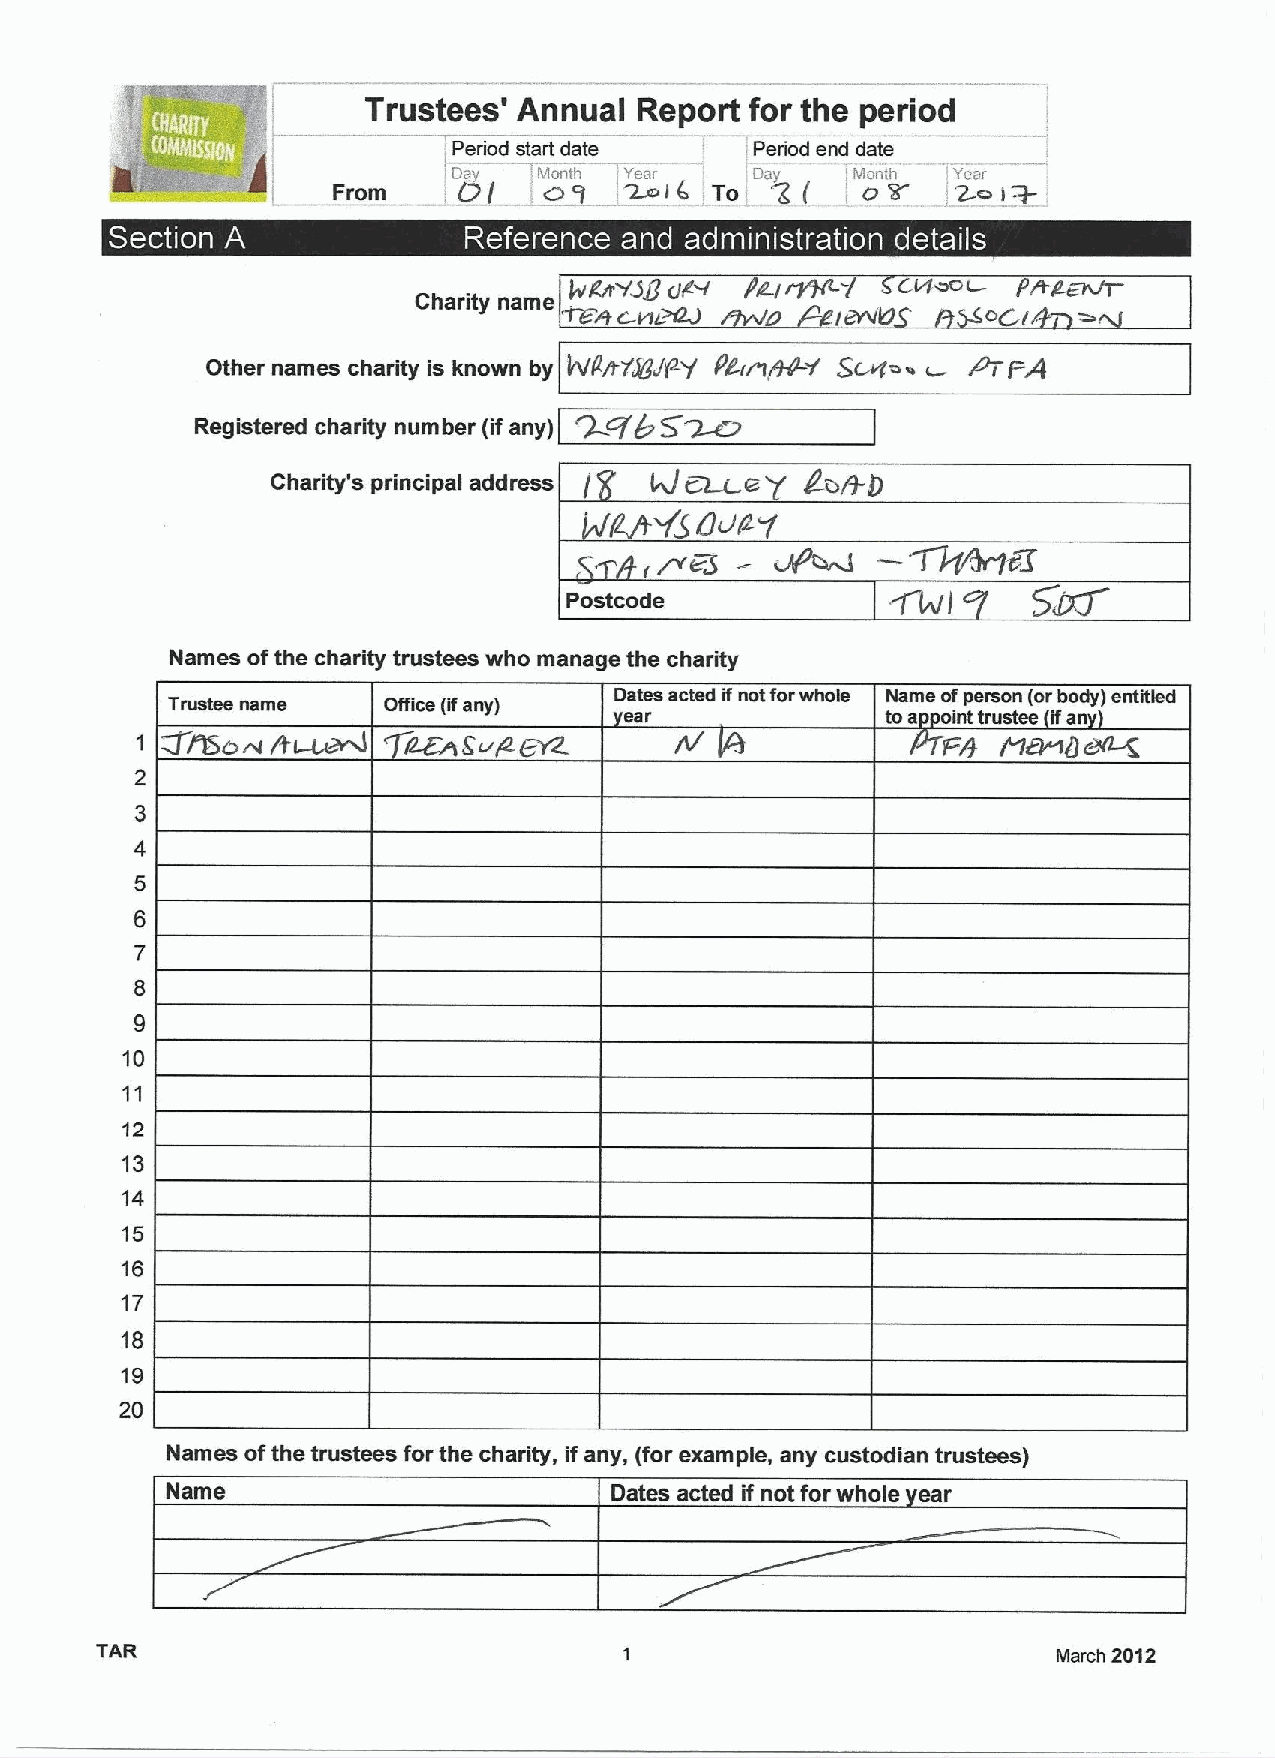
Trustees' Annual  Report  for the period
 Period start date ' ' DPerioad( yen,,d date
 From
 ; 'D0ay/ !M no gnth, 'Y~e)a(r,
 To. '4
 Mo onthF', 'Y 2ear
 '.
 ~  ~    ~-~    ~
 c&~t-   pAEc~
 )ttgpvgg r)tr f Pgf
 Charity name  c.
 "rate rfaaf2J               OCf
 Other names charity is known by 4/(irlPer-/ ~PA~~Y' Scafoa t- MFA
 ~Qb   5
 Registered charity number (ifany)
 ~
 Charity's principal address 4/t. Lt a f ED+to
 /
 -W~8T
 Postcode
 Names ofthe charity trustees who manage the charity
 Trustee name  Office (ifany)
 Dates acted ifnot forwhole Name ofperson (orbody) entitied
 ear               to a oint trustee ifan
 /)~M
 W/95ow          CEwLuWCr2.
 2
 3
 4
 5
 6
 7
 8
 9
 10
 11
 12
 13
 14
 15
 16
 17
 18
 19
 20
 Names ofthe trustees for the charity, ifany, (for example, any custodian trustees)
 Name                         Dates acted if not for whole ear
 TAR                                                             March 2012